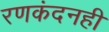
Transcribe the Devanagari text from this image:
रणकंदनही